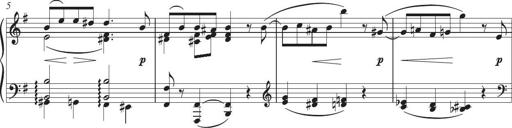
Title: Piano Sonatina in G major
Composer: Johan Peter Emilius Hartmann
Key: G major